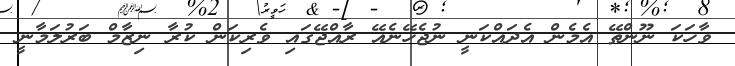
ވާހަކަ ނޫންތޭ އެމެން އެދައްކަނީ ނުޖެހޭނެއޭ ރާއްޖޭގައި ވެރިކަން ކުރާ ނިޒާމް ބަރުލަމާނީ